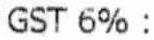
GST 6% :